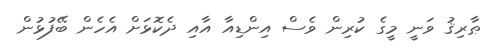
ޠާރިޤު ވަނީ މީގެ ކުރިން ވެސް އިންޑިއާ އާއި ދެކޮޅަށް އެހެން ބޭފުޅުން